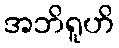
အဘိရူဟိ